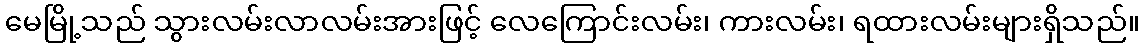
မေမြို့သည် သွားလမ်းလာလမ်းအားဖြင့် လေကြောင်းလမ်း၊ ကားလမ်း၊ ရထားလမ်းများရှိသည်။